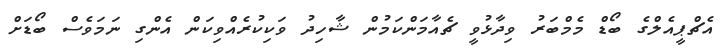
އެޗްޕީއެލްގެ ބޯޑް މެމްބަރު ވިދާޅުވީ ޗެއާމަންކަމުން ޝާހިދު ވަކިކުރެއްވިކަން އެންގި ނަމަވެސް ބޯޑަށް